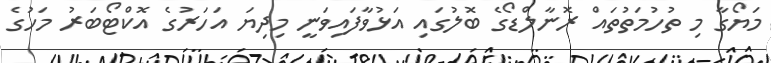
މަޔޯގާ މި ތުހުމަތުތައް ރޮނާލްޑޯގެ ބޮލުގައި އަޅުވާފައިވަނީ މިދިޔަ އަހަރުގެ އޮކްޓޯބަރު މަހުގެ